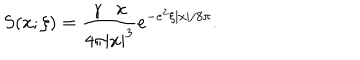
S ( x ; \xi ) = \frac { \gamma \cdot x } { 4 \pi | x | ^ { 3 } } e ^ { - e ^ { 2 } \xi \left| x \right| / 8 \pi } .